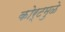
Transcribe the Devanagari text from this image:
कोर्टमुळे